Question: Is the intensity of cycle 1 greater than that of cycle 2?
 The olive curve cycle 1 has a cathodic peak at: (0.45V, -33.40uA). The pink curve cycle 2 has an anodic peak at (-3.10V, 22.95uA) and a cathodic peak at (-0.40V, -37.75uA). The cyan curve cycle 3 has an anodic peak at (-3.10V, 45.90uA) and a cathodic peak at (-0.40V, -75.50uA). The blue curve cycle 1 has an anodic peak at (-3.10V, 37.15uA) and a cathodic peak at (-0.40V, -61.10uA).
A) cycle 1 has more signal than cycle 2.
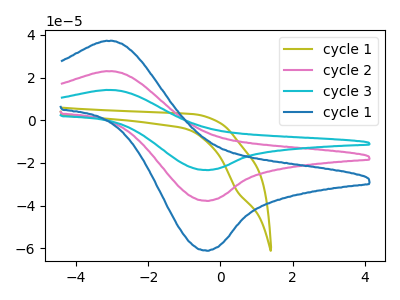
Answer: <think>All the peaks in "cycle 1" have a peak in "cycle 2" at the same potential. Every peak in "cycle 1" is higher than every peak in "cycle 2".
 </think>
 <answer>A) "cycle 1" has more signal than "cycle 2".</answer>
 <eval>A</eval>